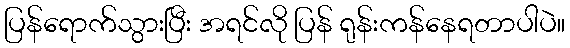
ပြန်ရောက်သွားပြီး အရင်လို ပြန် ရုန်းကန်နေရတာပါပဲ။